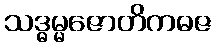
သဒ္ဓမ္မဇောတိကဓဇ